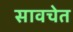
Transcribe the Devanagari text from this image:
सावचेत